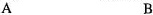
A B